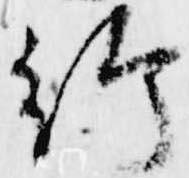
給